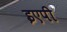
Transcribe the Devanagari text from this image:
इएपी